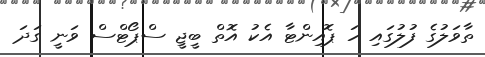
ތާވަލުގެ ފުލުގައި ހަ ޕޮއިންޓާ އެކު އޮތް ބީޖީ ސްޕޯޓްސް ވަނީ ގަދަ